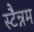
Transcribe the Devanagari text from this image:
स्टैन्नम